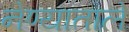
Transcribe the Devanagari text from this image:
नेण्याताले